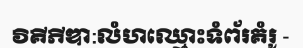
វិគីភីឌា:លំហឈ្មោះទំព័រគំរូ -